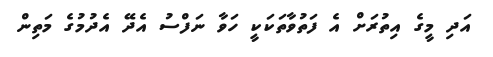
އަދި މީގެ އިތުރަށް އެ ފަތުވާތަކަކީ ހަވާ ނަފްސު އެދޭ އެދުމުގެ މަތިން